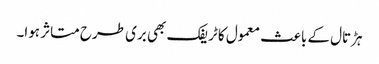
ہڑتال کے باعث معمول کا ٹریفک بھی بری طرح متاثر ہوا۔